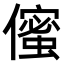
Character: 𠏷